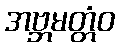
အဗ္ဘမတ္တံဝ